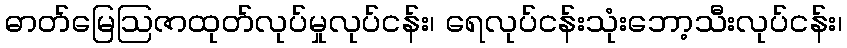
ဓာတ်မြေဩဇာထုတ်လုပ်မှုလုပ်ငန်း၊ ရေလုပ်ငန်းသုံးဘော့သီးလုပ်ငန်း၊